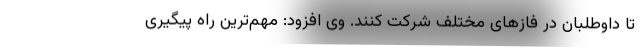
تا داوطلبان در فازهای مختلف شرکت کنند. وی افزود: مهم‌ترین راه پیگیری